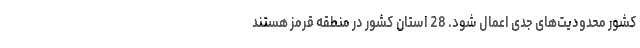
کشور محدودیت‌های جدی اعمال شود. 28 استان کشور در منطقه قرمز هستند